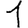
Digit: 1